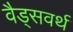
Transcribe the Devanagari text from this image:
वैड्सवर्थ